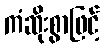
ကံဆိုးစွာဖြင့်